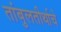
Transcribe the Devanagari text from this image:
तांबुलतीर्थाचे